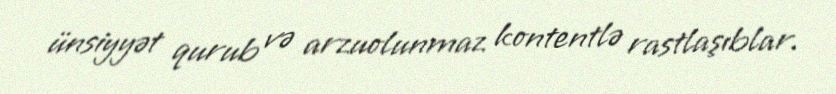
ünsiyyət qurub və arzuolunmaz kontentlə rastlaşıblar.